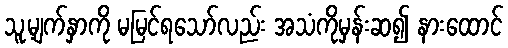
သူ့မျက်နှာကို မမြင်ရသော်လည်း အသံကိုမှန်းဆ၍ နားထောင်